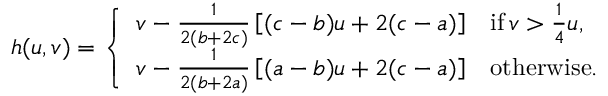
h ( u , v ) = \left\{ \begin{array} { l l } { v - \frac { 1 } { 2 ( b + 2 c ) } \left[ ( c - b ) u + 2 ( c - a ) \right] } & { \mathrm { i f } \, v > \frac { 1 } { 4 } u , } \\ { v - \frac { 1 } { 2 ( b + 2 a ) } \left[ ( a - b ) u + 2 ( c - a ) \right] } & { \mathrm { o t h e r w i s e } . } \end{array} \right.